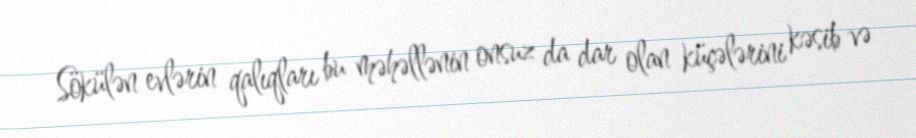
Sökülən evlərin qalıqları bu məhəllənin onsuz da dar olan küçələrini kəsib və